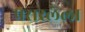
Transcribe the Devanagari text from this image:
प्रसरलेला